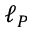
\ell _ { P }